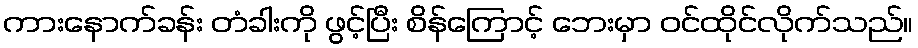
ကားနောက်ခန်း တံခါးကို ဖွင့်ပြီး စိန်ကြောင့် ဘေးမှာ ဝင်ထိုင်လိုက်သည်။